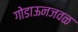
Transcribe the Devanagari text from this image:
गोडाऊनजवळ